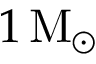
1 \mathrm { \, M _ { \odot } }